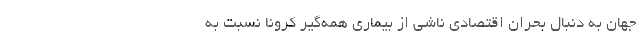
جهان به دنبال بحران اقتصادی ناشی از بیماری همه‌گیر کرونا نسبت به